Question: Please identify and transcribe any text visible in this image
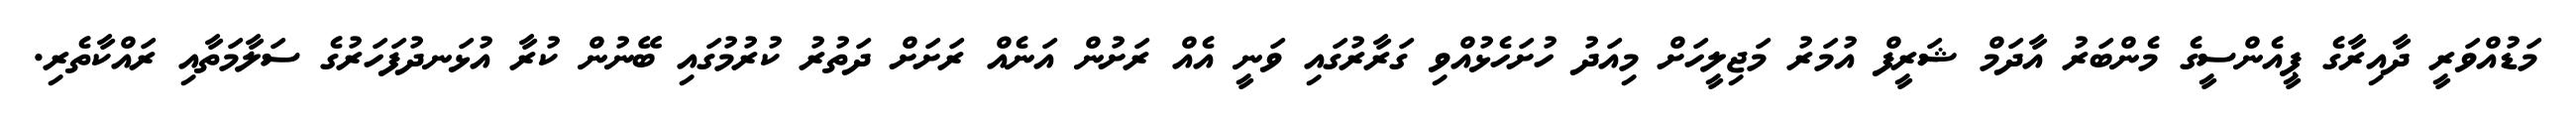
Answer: މަޑުއްވަރީ ދާއިރާގެ ޕީއެންސީގެ މެންބަރު އާދަމް ޝަރީފް އުމަރު މަޖިލީހަށް މިއަދު ހުށަހެޅުއްވި ގަރާރުގައި ވަނީ އެއް ރަށުން އަނެއް ރަށަށް ދަތުރު ކުރުމުގައި ބޭނުން ކުރާ އުޅަނދުފަހަރުގެ ސަލާމަތާއި ރައްކާތެރި.